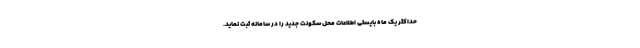
حداکثر یک ماه بایستی اطلاعات محل سکونت جدید را در سامانه ثبت نماید.